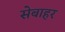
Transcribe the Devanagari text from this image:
सेबाहर